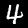
Digit: 4